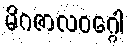
မိဂဇာလဝဂ္ဂေါ